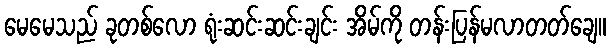
မေမေသည် ခုတစ်လော ရုံးဆင်းဆင်းချင်း အိမ်ကို တန်းပြန်မလာတတ်ချေ။